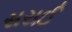
સરાઈ